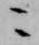
ニ